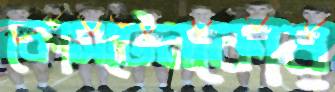
কোসটেনকোর